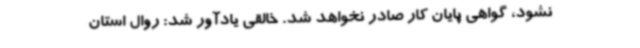
نشود، گواهی پایان کار صادر نخواهد شد. خالقی یادآور شد: روال استان